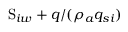
\mathrm { S } _ { i w } + q / ( \rho _ { a } q _ { s i } )